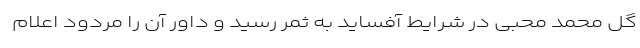
گل محمد محبی در شرایط آفساید به ثمر رسید و داور آن را مردود اعلام